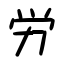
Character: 労